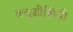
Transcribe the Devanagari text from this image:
क्यूडीसिनी